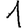
Digit: 1